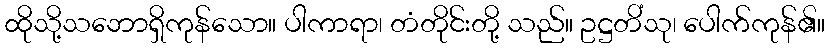
ထိုသို့သဘောရှိကုန်သော။ ပါကာရာ၊ တံတိုင်းတို့ သည်။ ဥဋ္ဌတိံသု၊ ပေါက်ကုန်၏။